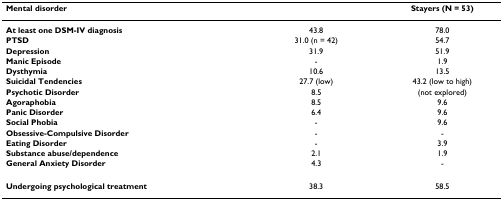
<table><thead><tr><td><b>Mental disorder</b></td><td>[EMPTY_CELL]</td><td><b>Stayers (N = 53)</b></td></tr></thead><tbody><tr><td><b>At least one DSM-IV diagnosis</b></td><td>43.8</td><td>78.0</td></tr><tr><td><b>PTSD</b></td><td>31.0 (n = 42)</td><td>54.7</td></tr><tr><td><b>Depression</b></td><td>31.9</td><td>51.9</td></tr><tr><td><b>Manic Episode</b></td><td>-</td><td>1.9</td></tr><tr><td><b>Dysthymia</b></td><td>10.6</td><td>13.5</td></tr><tr><td><b>Suicidal Tendencies</b></td><td>27.7 (low)</td><td>43.2 (low to high)</td></tr><tr><td><b>Psychotic Disorder</b></td><td>8.5</td><td>(not explored)</td></tr><tr><td><b>Agoraphobia</b></td><td>8.5</td><td>9.6</td></tr><tr><td><b>Panic Disorder</b></td><td>6.4</td><td>9.6</td></tr><tr><td><b>Social Phobia</b></td><td>-</td><td>9.6</td></tr><tr><td><b>Obsessive-Compulsive Disorder</b></td><td>-</td><td>-</td></tr><tr><td><b>Eating Disorder</b></td><td>-</td><td>3.9</td></tr><tr><td><b>Substance abuse/dependence</b></td><td>2.1</td><td>1.9</td></tr><tr><td><b>General Anxiety Disorder</b></td><td>4.3</td><td>-</td></tr><tr><td><b>Undergoing psychological treatment</b></td><td>38.3</td><td>58.5</td></tr></tbody></table>